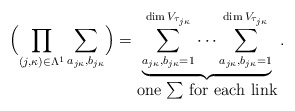
\begin{align*}\Bigl(\prod_{(j,\kappa)\in\Lambda^1}\sum_{a_{j\kappa},b_{j\kappa}}\Bigr) = \underbrace{\sum_{a_{j\kappa},b_{j\kappa}=1}^{\dim V_{\tau_{j\kappa}}} \cdots\sum_{a_{j\kappa},b_{j\kappa}=1}^{\dim V_{\tau_{j\kappa}}}}_{ \mbox{one $\sum$ for each link}}.\end{align*}